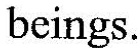
beings.